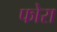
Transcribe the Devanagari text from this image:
फोरा